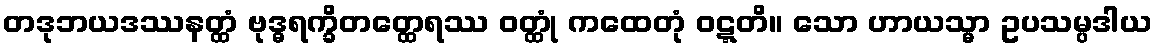
တဒုဘယဒဿနတ္ထံ ဗုဒ္ဓရက္ခိတတ္ထေရဿ ဝတ္ထုံ ကထေတုံ ဝဋ္ဋတိ။ သော ဟာယသ္မာ ဥပသမ္ပဒါယ